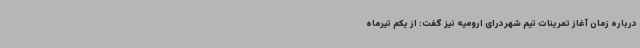
درباره زمان آغاز تمرینات تیم شهردرای ارومیه نیز گفت: از یکم تیرماه